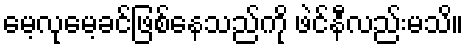
မေ့လုမေ့ခင်ဖြစ်နေသည်ကို ဖဲင်နီလည်းမသိ။